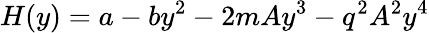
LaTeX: H(y)=a-by^{2}-2mAy^{3}-q^{2}A^{2}y^{4}